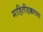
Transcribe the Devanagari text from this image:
माहितीहक्काच्या